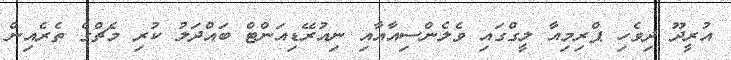
އުރީދޫ ދިވެހި ޕްރިމިއާ ލީގްގައި ވެލެންސިއާއާއި ނިއުރޭޑިއަންޓް ބައްދަލު ކުރި މެޗްގެ ތެރެއިން